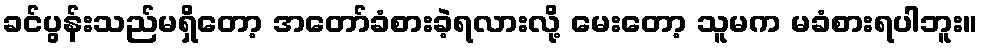
ခင်ပွန်းသည်မရှိတော့ အတော်ခံစားခဲ့ရလားလို့ မေးတော့ သူမက မခံစားရပါဘူး။